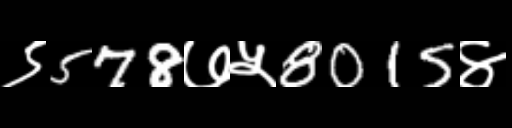
Text: ९578७५8015४